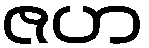
ဇဟ